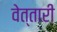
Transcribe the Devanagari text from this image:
वेत्तारी